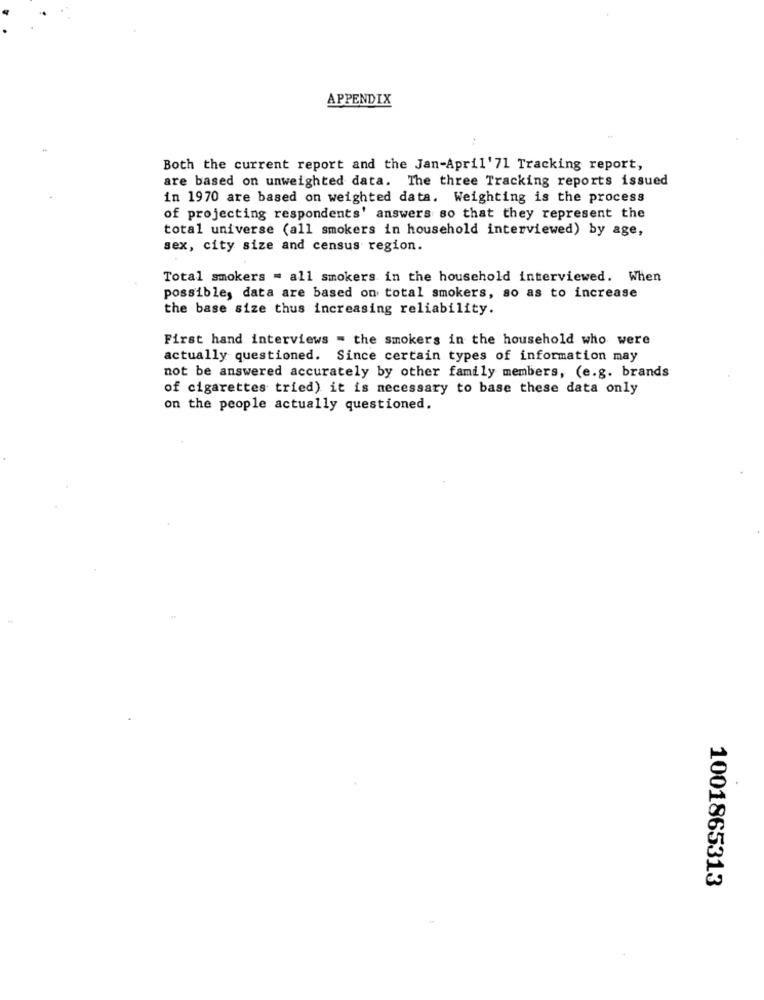
APPENDIX
Both the current report and the Jan-April'71 Tracking report,
are based on unweighted data. The three Tracking reports issued
in 1970 are based on weighted data. Weighting is the process
of projecting respondents' answers so that they represent the
total universe (all smokers in household interviewed) by age,
sex, city size and census region.
Total smokers = all smokers in the household interviewed. When
possible, data are based on total smokers, so as to increase
the base size thus increasing reliability.
First hand interviews = the smokers in the household who were
actually questioned. Since certain types of information may
not be answered accurately by other family members, (e.g. brands
of cigarettes tried) it is necessary to base these data only
on the people actually questioned.
1001865313